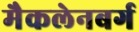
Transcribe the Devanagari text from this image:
मैकलेनबर्ग